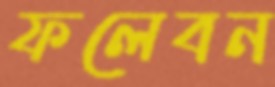
ফলেবন